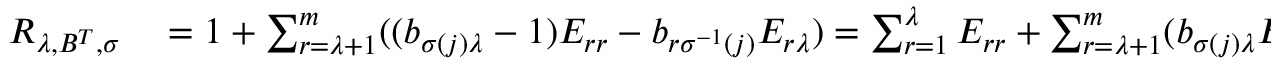
\begin{array} { r l } { R _ { \lambda , B ^ { T } , \sigma } } & { { } = \boldsymbol { 1 } + \sum _ { r = \lambda + 1 } ^ { m } ( ( b _ { \sigma ( j ) \lambda } - 1 ) E _ { r r } - b _ { r \sigma ^ { - 1 } ( j ) } E _ { r \lambda } ) = \sum _ { r = 1 } ^ { \lambda } E _ { r r } + \sum _ { r = \lambda + 1 } ^ { m } ( b _ { \sigma ( j ) \lambda } E _ { r r } - b _ { \sigma ( j ) r } E _ { r \lambda } ) } \end{array}